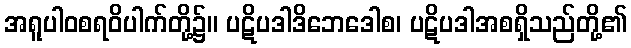
အရူပါဝစရဝိပါက်တို့၌။ ပဋိပဒါဒိဘေဒေါစ၊ ပဋိပဒါအစရှိသည်တို့၏